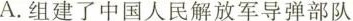
A.组建了中国人民解放军导弹部队